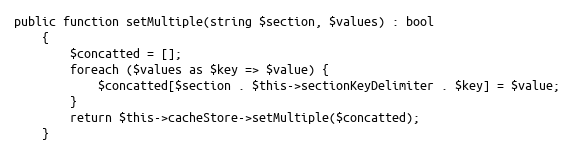
Language: PHP
public function setMultiple(string $section, $values) : bool
    {
        $concatted = [];
        foreach ($values as $key => $value) {
            $concatted[$section . $this->sectionKeyDelimiter . $key] = $value;
        }
        return $this->cacheStore->setMultiple($concatted);
    }